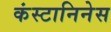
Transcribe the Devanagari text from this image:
कंस्टानिनेस